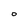
Character: 0